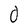
Character: d